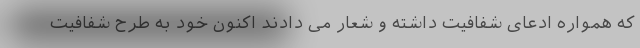
که همواره ادعای شفافیت داشته و شعار می دادند اکنون خود به طرح شفافیت